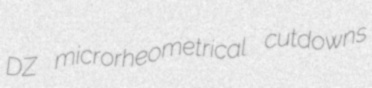
DZ microrheometrical cutdowns